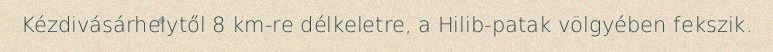
Kézdivásárhelytől 8 km-re délkeletre, a Hilib-patak völgyében fekszik.